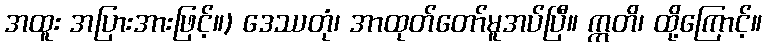
အထူး အပြားအားဖြင့်။) ဒေဿတုံ၊ အာထုတ်တော်မူအပ်ပြီ။ ဣတိ၊ ထို့ကြောင့်။